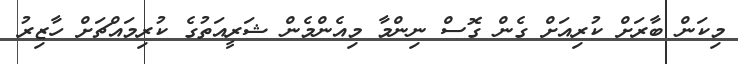
މިކަން ބާރަށް ކުރިއަށް ގެން ގޮސް ނިންމާ މިއެންމެން ޝަރީއަތުގެ ކުރިމައްޗަށް ހާޒިރު